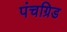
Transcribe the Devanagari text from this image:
पंचग्रिड